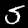
Digit: 5